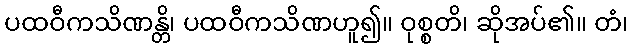
ပထဝီကသိဏန္တိ၊ ပထဝီကသိဏဟူ၍။ ဝုစ္စတိ၊ ဆိုအပ်၏။ တံ၊